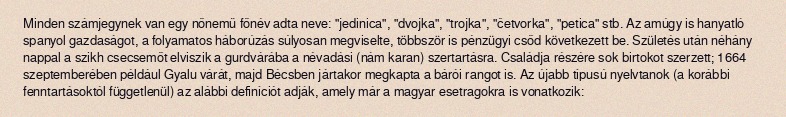
Minden számjegynek van egy nőnemű főnév adta neve: "jedinica", "dvojka", "trojka", "četvorka", "petica" stb. Az amúgy is hanyatló spanyol gazdaságot, a folyamatos háborúzás súlyosan megviselte, többször is pénzügyi csőd következett be. Születés után néhány nappal a szikh csecsemőt elviszik a gurdvárába a névadási (nám karan) szertartásra. Családja részére sok birtokot szerzett; 1664 szeptemberében például Gyalu várát, majd Bécsben jártakor megkapta a bárói rangot is. Az újabb típusú nyelvtanok (a korábbi fenntartásoktól függetlenül) az alábbi definíciót adják, amely már a magyar esetragokra is vonatkozik: